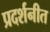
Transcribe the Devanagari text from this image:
प्रदर्शनीत